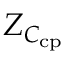
Z _ { C _ { \mathrm { c p } } }